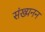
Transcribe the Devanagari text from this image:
संख्यनन